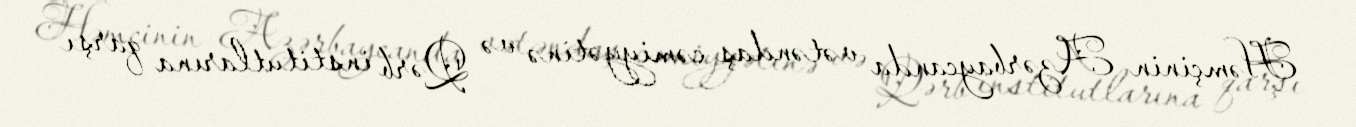
Həmçinin Azərbaycanda vətəndaş cəmiyyətinə və Qərb institutlarına qarşı